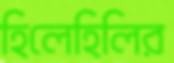
হিলেহিলির